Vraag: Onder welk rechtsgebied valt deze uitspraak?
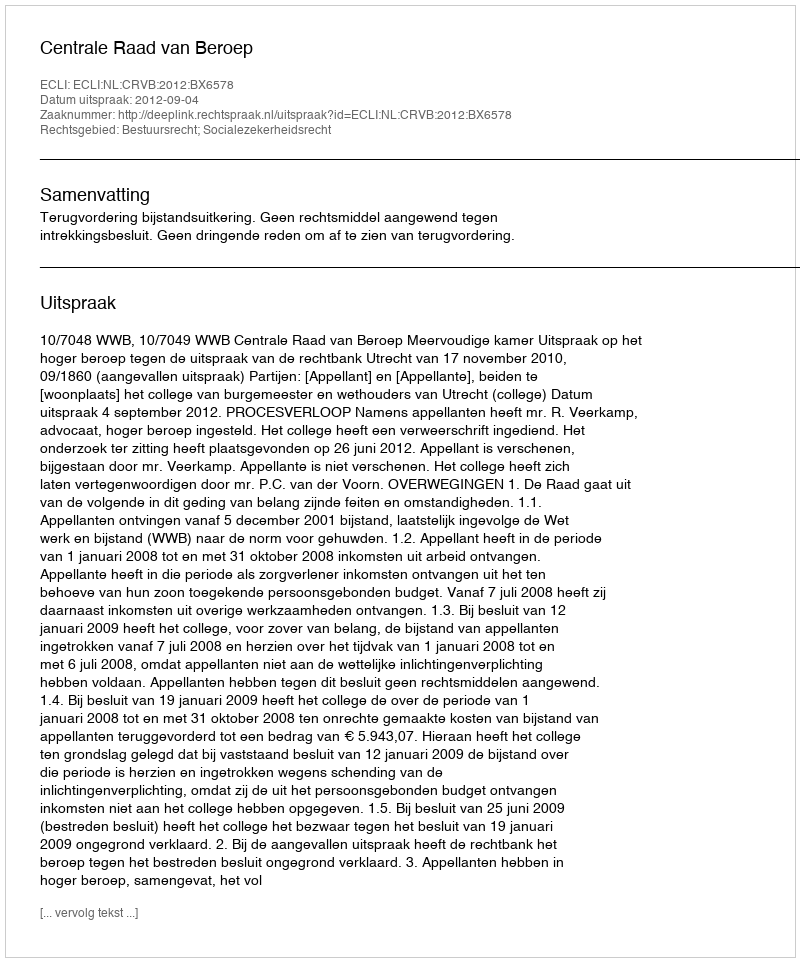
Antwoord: Bestuursrecht; Socialezekerheidsrecht